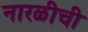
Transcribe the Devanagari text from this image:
नारळीची